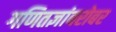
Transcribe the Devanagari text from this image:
गणितज्ञांबरोबर